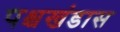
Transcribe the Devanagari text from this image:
पश्चखंडास